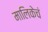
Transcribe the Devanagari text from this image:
मालिकेचं